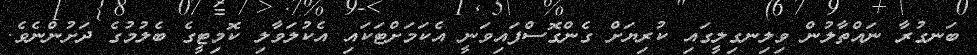
ބަނގުރާ ނައްތާލުން ވިލިނގިލީގައި ކުރިޔަށް ގެންގޮސްފައިވަނީ އެކަމަށްޓަކައި އެކުލަވާލި ކޮމިޓީގެ ބެލުމުގެ ދަށުންނެވެ.